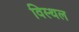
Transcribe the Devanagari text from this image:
विस्थल